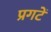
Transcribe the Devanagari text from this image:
प्रगटें